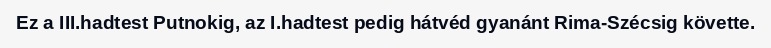
Ez a III.hadtest Putnokig, az I.hadtest pedig hátvéd gyanánt Rima-Szécsig követte.